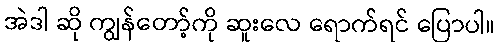
အဲဒါ ဆို ကျွန်တော့်ကို ဆူးလေ ရောက်ရင် ပြောပါ။